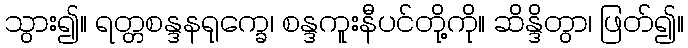
သွား၍။ ရတ္တစန္ဒနရုက္ခေ၊ စန္ဒကူးနီပင်တို့ကို။ ဆိန္ဒိတွာ၊ ဖြတ်၍။